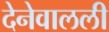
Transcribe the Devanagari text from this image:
देनेवालली